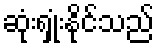
ဆုံးရှုံးနိုင်သည်